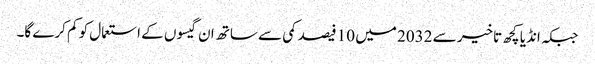
جبکہ انڈیا کچھ تاخیر سے 2032 میں 10 فیصد کمی سے ساتھ ان گیسوں کے استعمال کو کم کرے گا۔